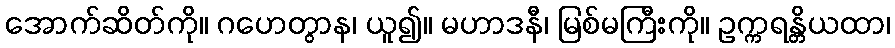
အောက်ဆိတ်ကို။ ဂဟေတွာန၊ ယူ၍။ မဟာဒနီ၊ မြစ်မကြီးကို။ ဥက္ကရန္တိယထာ၊